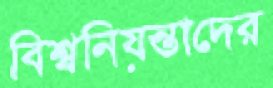
বিশ্বনিয়ন্তাদের